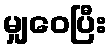
မျှဝေပြီး